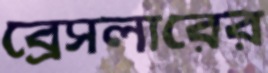
ব্রেসলারের